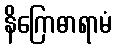
နိဂြောဓာရာမံ